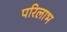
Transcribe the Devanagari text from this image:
परिलाभ